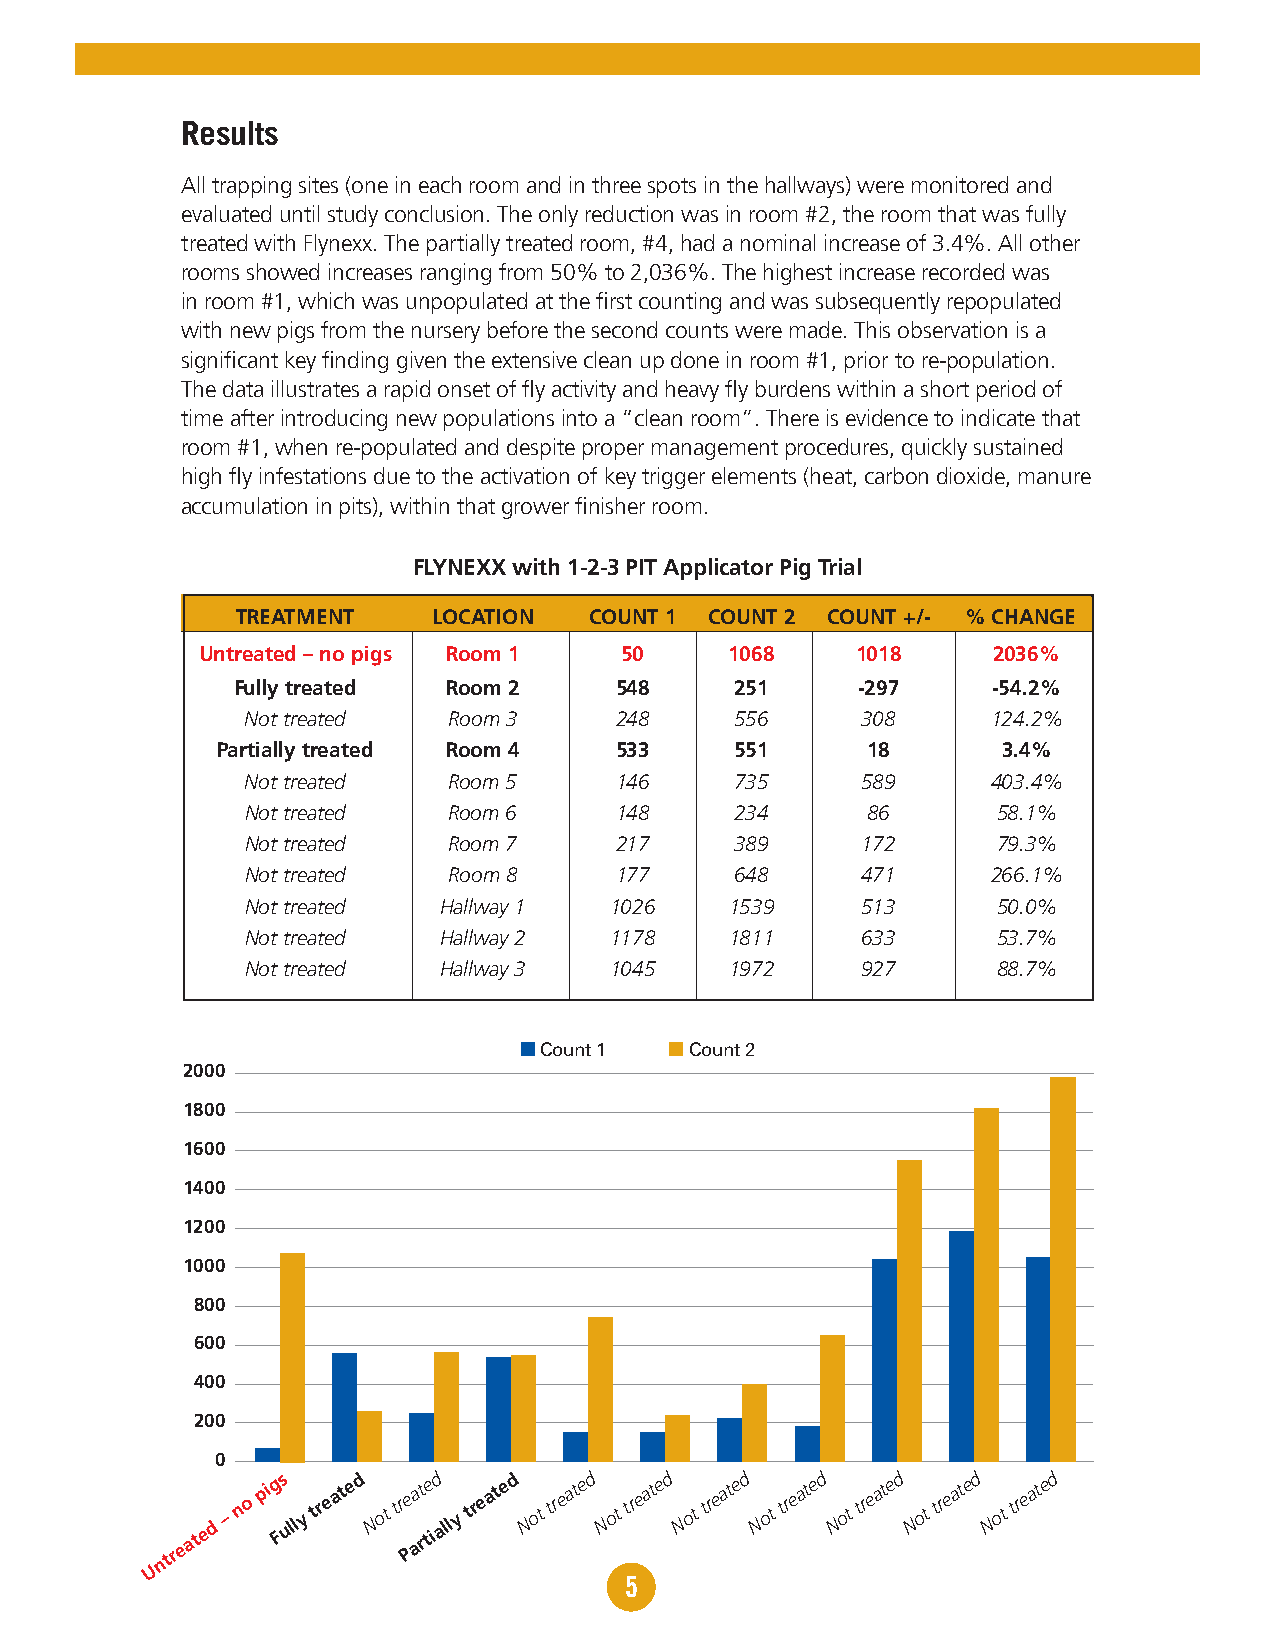
Results
 All trapping sites (one in each room and in three spots in the hallways) were monitored and
 evaluated until study conclusion. The only reduction was in room #2, the room that was fully
 treated with Flynexx. The partially treated room, #4, had a nominal increase of 3.4%. All other
 rooms showed increases ranging from 50% to 2,036%. The highest increase recorded was
 in room #1, which was unpopulated at the first counting and was subsequently repopulated
 with new pigs from the nursery before the second counts were made. This observation is a
 significant key finding given the extensive clean up done in room #1, prior to re-population.
 The data illustrates a rapid onset of fly activity and heavy fly burdens within a short period of
 time after introducing new populations into a “clean room”. There is evidence to indicate that
 room #1, when re-populated and despite proper management procedures, quickly sustained
 high fly infestations due to the activation of key trigger elements (heat, carbon dioxide, manure
 accumulation in pits), within that grower finisher room.
 FLYNEXX with 1-2-3 PIT Applicator Pig Trial
 TREATMENT    LOCATION  COUNT 1 COUNT 2 COUNT +/- % CHANGE
 Untreated – no pigs Room 1  50     1068     1018     2036%
 Fully treated  Room 2     548     251     -297     -54.2%
 Not treated   Room 3     248     556     308      124.2%
 Partially treated Room 4   533     551     18       3.4%
 Not treated   Room 5     146     735     589      403.4%
 Not treated   Room 6     148     234     86       58.1%
 Not treated   Room 7     217     389     172      79.3%
 Not treated   Room 8     177     648     471      266.1%
 Not treated  Hallway 1  1026    1539     513      50.0%
 Not treated  Hallway 2  1178    1811     633      53.7%
 Not treated  Hallway 3  1045    1972     927      88.7%
 n Count 1 n Count 2
 2000
 1800
 1600
 1400
 1200
 1000
 800
 600
 400
 200
 0
 ntre
 ate
 d – n o
 pig Fs
 ully tre
 ate d
 N ot tr Pe
 aat rte id
 ally tre
 ate d
 N ot
 treated
 N ot
 treated
 N ot
 treated
 N ot
 treated
 N ot
 treated
 N ot
 treated
 N ot
 treated
 U
 5